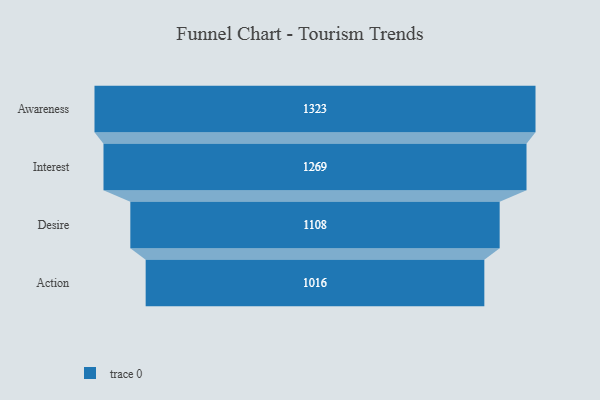
{"axis": {"x": "Stage", "y": "Value"}, "legend": [""], "data": [{"x": "Awareness", "y": 1323.0, "type": ""}, {"x": "Interest", "y": 1269.0, "type": ""}, {"x": "Desire", "y": 1108.0, "type": ""}, {"x": "Action", "y": 1016.0, "type": ""}]}